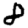
Digit: 2